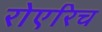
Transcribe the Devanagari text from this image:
रोएरिच